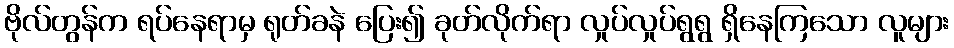
ဗိုလ်တွန်က ရပ်နေရာမှ ရုတ်ခနဲ ပြေး၍ ခုတ်လိုက်ရာ လှုပ်လှုပ်ရွရွ ရှိနေကြသော လူများ